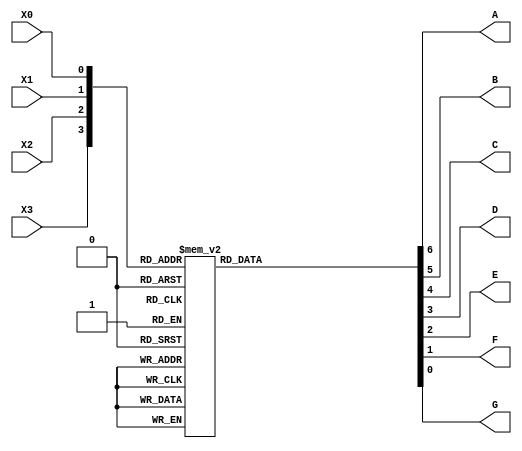
module seven_seg_decoder (A,B,C,D,E,F,G,X3,X2,X1,X0);
	input X3,X2,X1,X0;
	output A,B,C,D,E,F,G;
	reg A,B,C,D,E,F,G;
	
	always @(X3 or X2 or X1 or X0)
	begin 
		case ({X3,X2,X1,X0}) 
		
		4'b0000: {A,B,C,D,E,F,G} = 7'b0000001;
		4'b0001: {A,B,C,D,E,F,G} = 7'b1001111;
		4'b0010: {A,B,C,D,E,F,G} = 7'b0010010;
		4'b0011: {A,B,C,D,E,F,G} = 7'b0000110;
		4'b0100: {A,B,C,D,E,F,G} = 7'b1001100;
		4'b0101: {A,B,C,D,E,F,G} = 7'b0100100;
		4'b0110: {A,B,C,D,E,F,G} = 7'b0100000;
		4'b0111: {A,B,C,D,E,F,G} = 7'b0001111;
		4'b1000: {A,B,C,D,E,F,G} = 7'b0000000;
		4'b1001: {A,B,C,D,E,F,G} = 7'b0000100;
		4'b1010: {A,B,C,D,E,F,G} = 7'b0001000;
		4'b1011: {A,B,C,D,E,F,G} = 7'b1100000;
		4'b1100: {A,B,C,D,E,F,G} = 7'b0110001;
		4'b1101: {A,B,C,D,E,F,G} = 7'b1000010;
		4'b1110: {A,B,C,D,E,F,G} = 7'b0110000;
		4'b1111: {A,B,C,D,E,F,G} = 7'b0111000;
		
		endcase
	end
endmodule